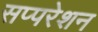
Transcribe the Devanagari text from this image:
सप्परेशन